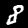
Label: 8